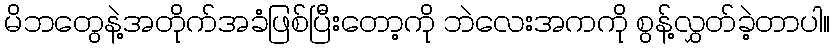
မိဘတွေနဲ့အတိုက်အခံဖြစ်ပြီးတော့ကို ဘဲလေးအကကို စွန့်လွှတ်ခဲ့တာပါ။